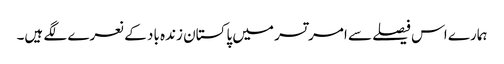
ہمارے اس فیصلے سے امرتسر میں پاکستان زندہ باد کے نعرے لگے ہیں۔